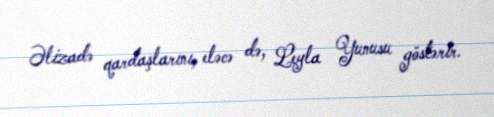
Əlizadə qardaşlarını, eləcə də, Leyla Yunusu göstərir.